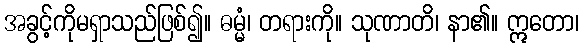
အခွင့်ကိုမရှာသည်ဖြစ်၍။ ဓမ္မံ၊ တရားကို။ သုဏာတိ၊ နာ၏။ ဣတော၊